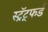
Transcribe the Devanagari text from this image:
स्ट्रॅट्फर्ड